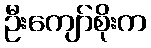
ဦးကျော်စိုးက